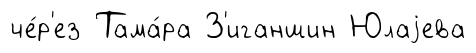
че́р'ез Тама́ра З'иганшин Юлаjева